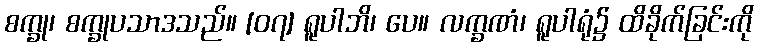
စက္ခု၊ စက္ခုပသာဒသည်။ [၀၇] ရူပါဘိ၊ ပေ။ လက္ခဏံ၊ ရူပါရုံ၌ ထိခိုက်ခြင်းကို